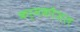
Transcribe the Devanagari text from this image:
कर्मकौशल